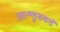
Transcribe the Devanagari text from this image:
आन्श्लुसकडे